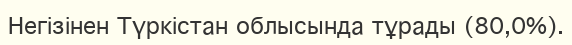
Негізінен Түркістан облысында тұрады (80,0%).